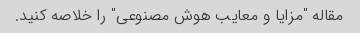
مقاله "مزایا و معایب هوش مصنوعی" را خلاصه کنید.